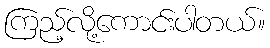
ကြည့်လို့ကောင်းပါတယ်။